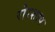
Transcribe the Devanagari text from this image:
रोरशाप